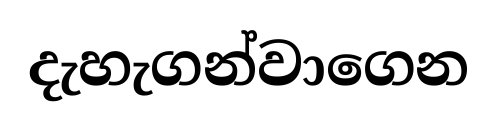
දැහැගන්වාගෙන